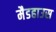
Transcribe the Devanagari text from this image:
मैडहाउस